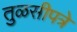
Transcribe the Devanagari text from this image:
तुळसीपत्रे